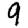
Digit: 9